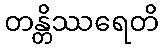
တန္တိဿရေတိ